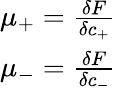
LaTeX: \begin{array}{r}{\mu_{+}=\frac{\delta F}{\delta c_{+}}}\\ {\mu_{-}=\frac{\delta F}{\delta c_{-}}}\end{array}